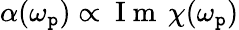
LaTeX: \alpha(\omega_{\mathtt{p}})\propto\mathrm{{~I~m~}}\, \chi(\omega_{\mathtt{p}})